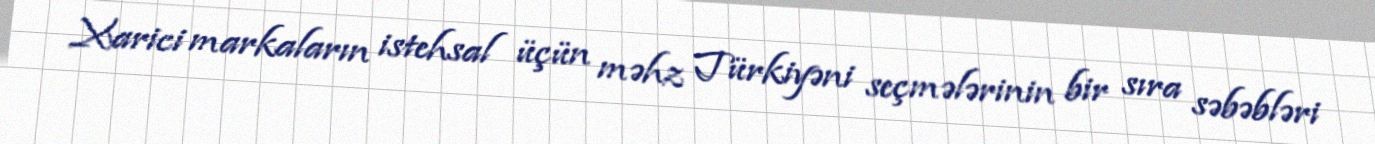
Xarici markaların istehsal üçün məhz Türkiyəni seçmələrinin bir sıra səbəbləri